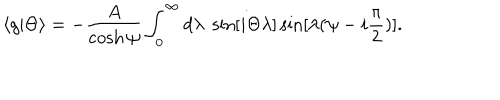
\langle g | \Theta \rangle = - \frac { A } { \cosh \psi } \int _ { 0 } ^ { \infty } d \lambda \; \sin [ i \Theta \lambda ] \sin [ \lambda ( \psi - i { \frac { \pi } { 2 } } ) ] .